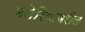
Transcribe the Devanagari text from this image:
मलेरियावरील